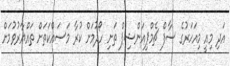
އަދި މިއީ މިއަހަރުގެ ސާފް ޗެމްޕިއަންޝިޕް ތަށި ހޯދުމަށް ކުރާ މަސައްކަތަށް ތައްޔާރުވުމަށް